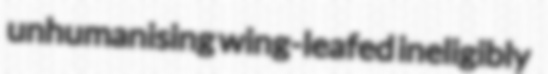
unhumanising wing-leafed ineligibly